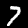
Label: 7